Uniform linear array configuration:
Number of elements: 16
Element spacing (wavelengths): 0.75
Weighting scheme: blackman
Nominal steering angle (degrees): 15
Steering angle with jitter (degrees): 14.991
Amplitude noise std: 0.05
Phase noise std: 0.05

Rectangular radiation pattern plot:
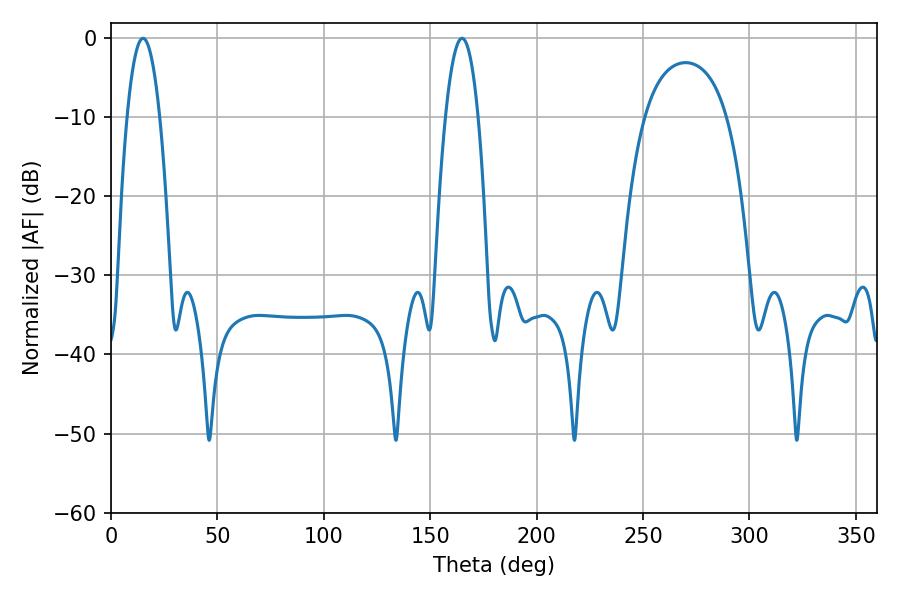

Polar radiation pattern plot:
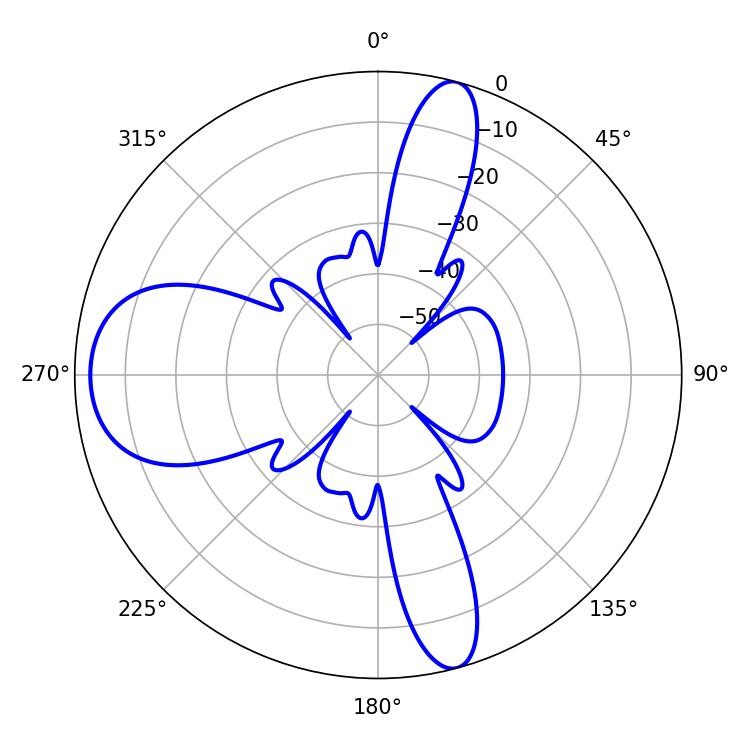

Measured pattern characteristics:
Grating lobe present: TRUE
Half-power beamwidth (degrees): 8.46
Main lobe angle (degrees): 15.12